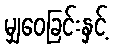
မျှဝေခြင်းနှင့်